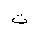
Letter: _ta